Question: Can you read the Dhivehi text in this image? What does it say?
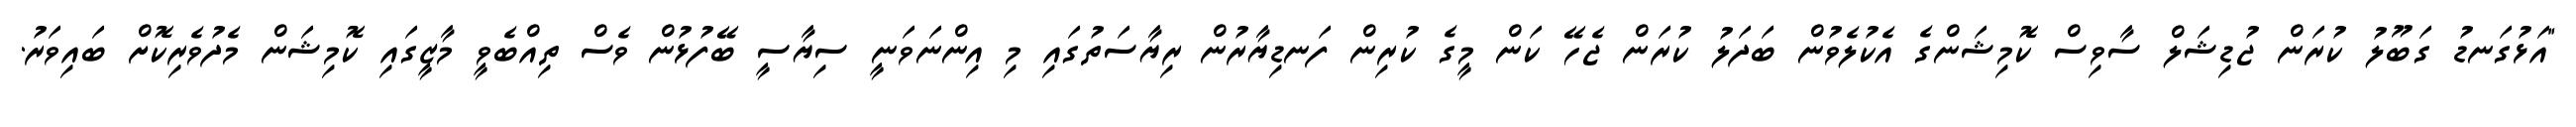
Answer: "އަޅުގަނޑު ގަބޫލު ކުރަން ޖުޑިޝަލް ސާވިސް ކޮމިޝަންގެ އެކުލެވުން ބަދަލު ކުރަން ޖެހޭ ކަން މީގެ ކުރިން ފަނޑިޔާރުން ރިޔާސަތުގައި މި އިންނަވަނީ ސިޔާސީ ބޭފުޅުން ވެސް ތިއްބެވީ މާޒީގައި ކޮމިޝަން މެދުވެރިކޮށް ބައިވަރު.